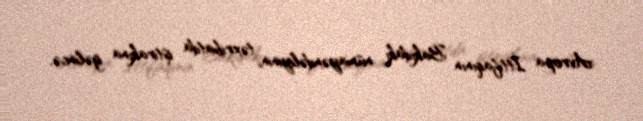
Avropa İttifaqının Bakıdakı nümayəndəliyinin təxribatda iştirakına gəlincə,